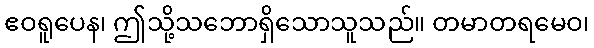
ဧဝရူပေန၊ ဤသို့သဘောရှိသောသူသည်။ တမာတရမေဝ၊